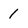
Character: 1